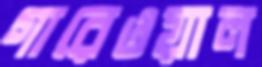
গারেওয়াল